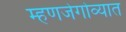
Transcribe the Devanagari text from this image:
म्हणजेगोव्यात